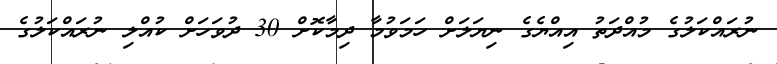
ނުރައްކަލުގެ މުއްދަތު އިއްޔެގެ ނިޔަލަށް ހަމަވުމާ ދިމާކޮށް 30 ދުވަހަށް ކުއްލި ނުރައްކަލުގެ